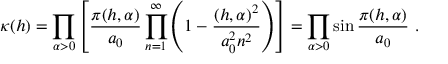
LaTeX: \kappa ( h ) = \prod _ { \alpha > 0 } \left[ \frac { \pi ( h , \alpha ) } { a _ { 0 } } \prod _ { n = 1 } ^ { \infty } \left( 1 - \frac { ( h , \alpha ) ^ { 2 } } { a _ { 0 } ^ { 2 } n ^ { 2 } } \right) \right] = \prod _ { \alpha > 0 } \sin \frac { \pi ( h , \alpha ) } { a _ { 0 } } \ .